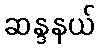
ဆန္ဒနယ်